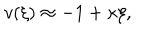
LaTeX: v ( \xi ) \approx - 1 + \kappa \xi ,